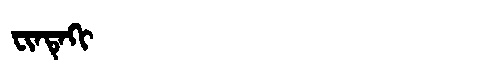
Manchu: ᠸᡳᠨᡨᡝᡴᡳ
Romanization: FINTEKI